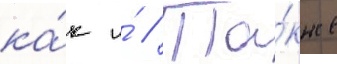
ка́к и́ // Та́кже